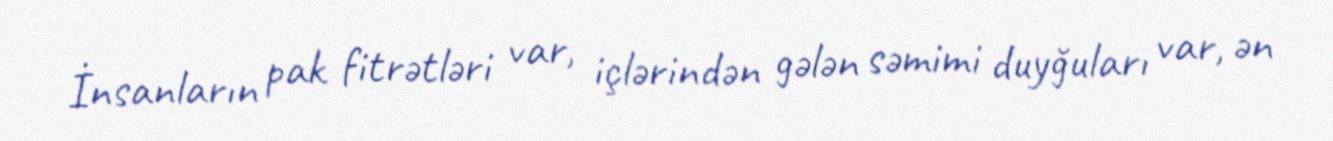
İnsanların pak fitrətləri var, içlərindən gələn səmimi duyğuları var, ən